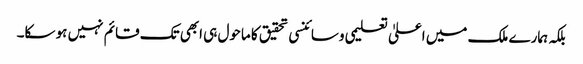
بلکہ ہمارے ملک میں اعلیٰ تعلیمی وسائنسی تحقیق کا ماحول ہی ابھی تک قائم نہیں ہو سکا۔